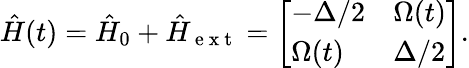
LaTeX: \hat{H}(t)=\hat{H}_{0}+\hat{H}_{\mathrm{~e~x~t~}}=\left[\begin{array}{ll}{-\Delta/2}&{\Omega(t)}\\ {\Omega(t)}&{\Delta/2}\end{array}\right].